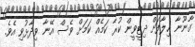
ގާނޫނާ ޚިލާފަށް ދިޓީވީން ކުރާ ކަމެއް ކަމަށް ވެސް އޭނާ ވިދާޅުވި އެވެ.